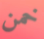
خمن